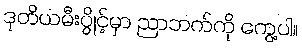
ဒုတိယမီးပွိုင့်မှာ ညာဘက်ကို ကွေ့ပါ။